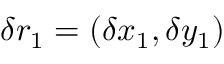
\delta r _ { 1 } = ( \delta x _ { 1 } , \delta y _ { 1 } )